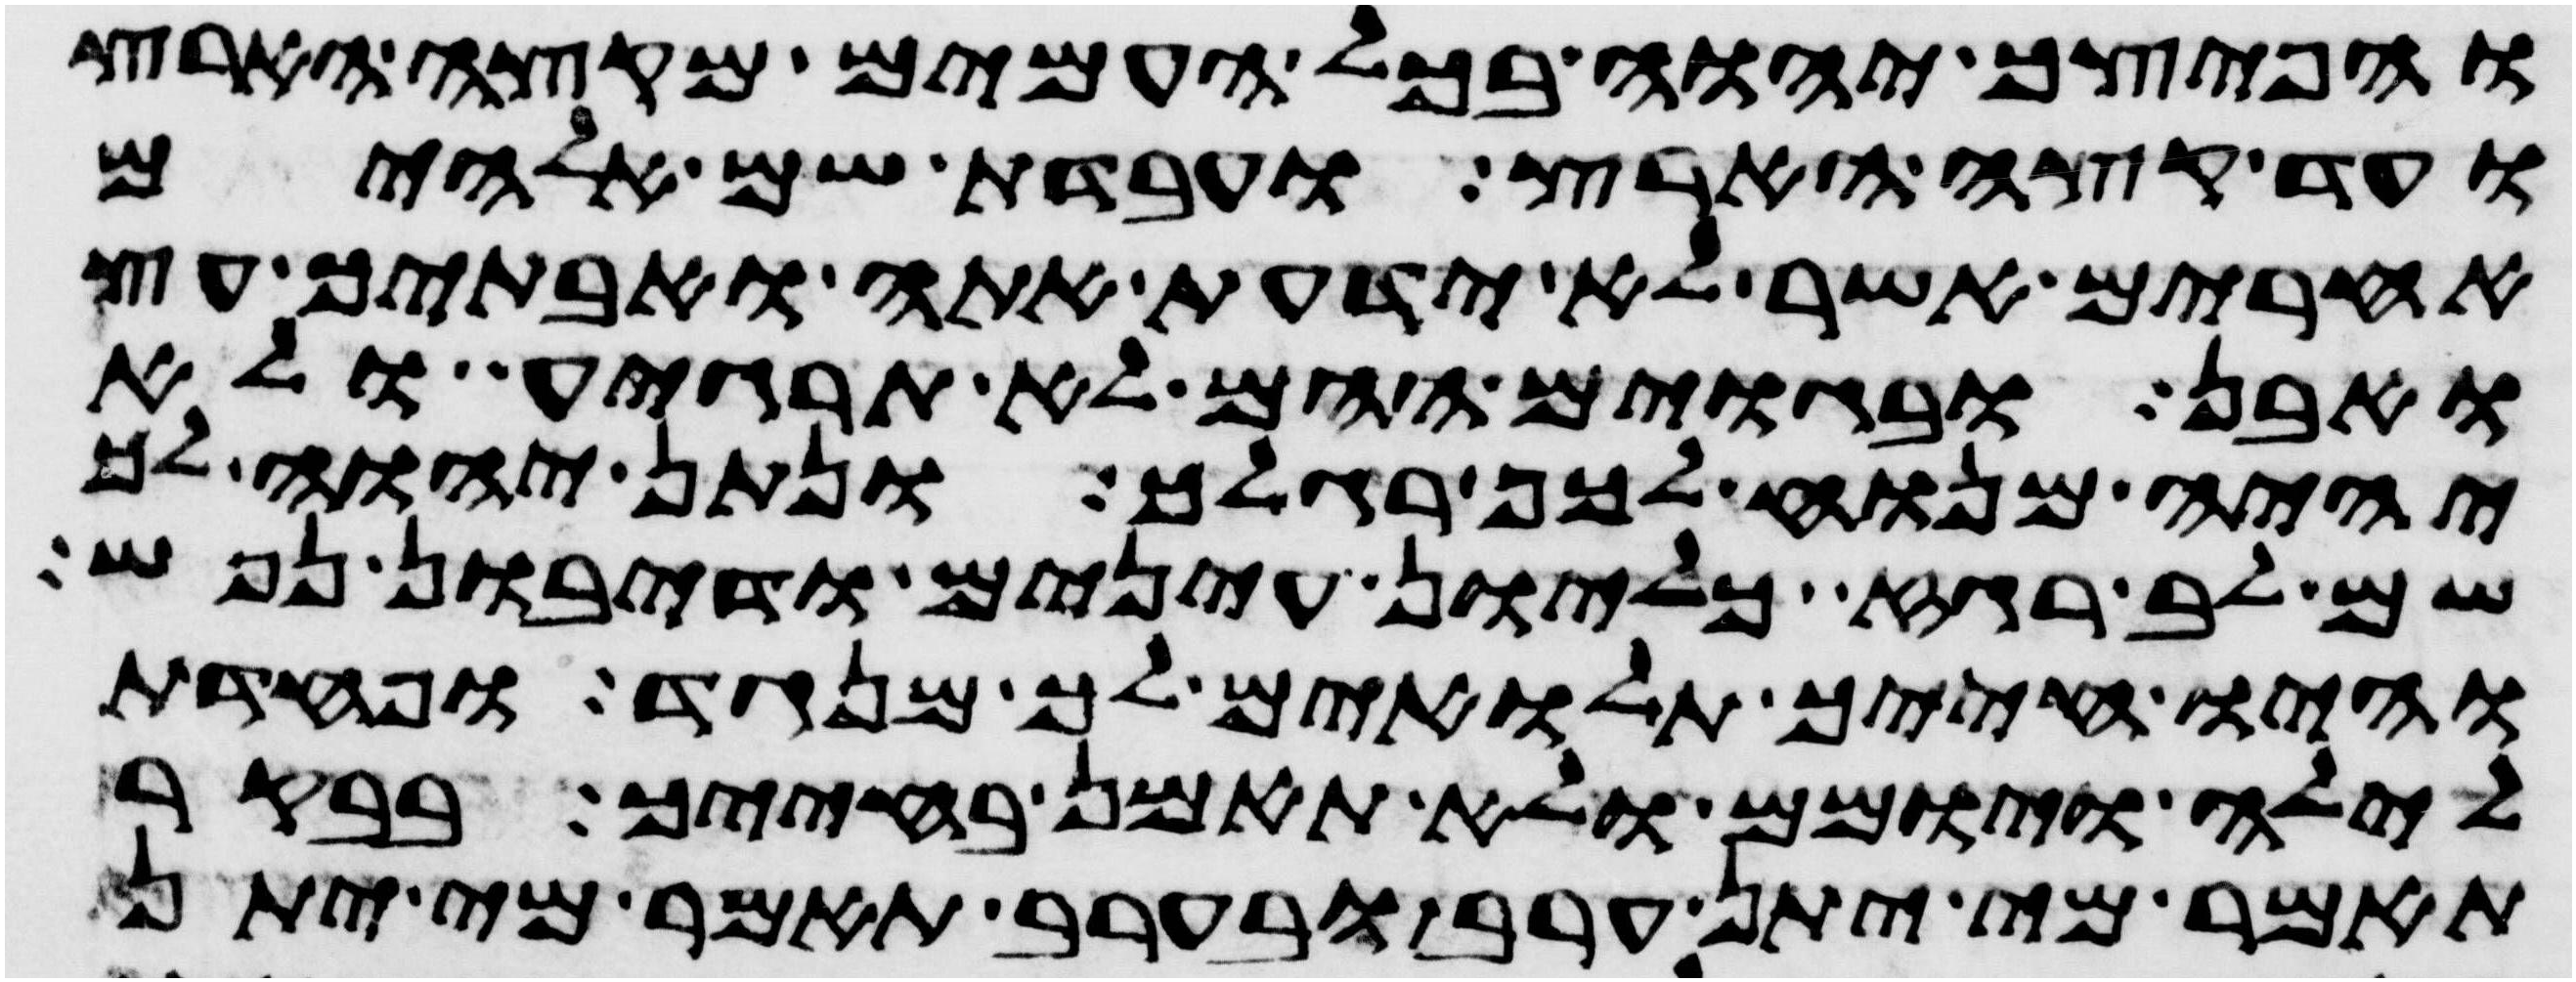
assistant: והפיצך יהוה בכל העמים מקצה הארץ
ועד קצה הארץ ועבדת שם אלהים
אחרים אשר לא ידעת אתה ואבתיך עץ
ואבן ובגוים ההם לא תרגיע ולא
יהיה מנוח לכף רגלך ונתן יהוה לך
שם לב רגז כליון עינים ודיבון נפש
והיו חייך תלאים לך מנגד ופחדת
לילה ויומם ולא תאמן בחייך בבקר
תאמר מי יתן ערב ובערב תאמר מי יתן